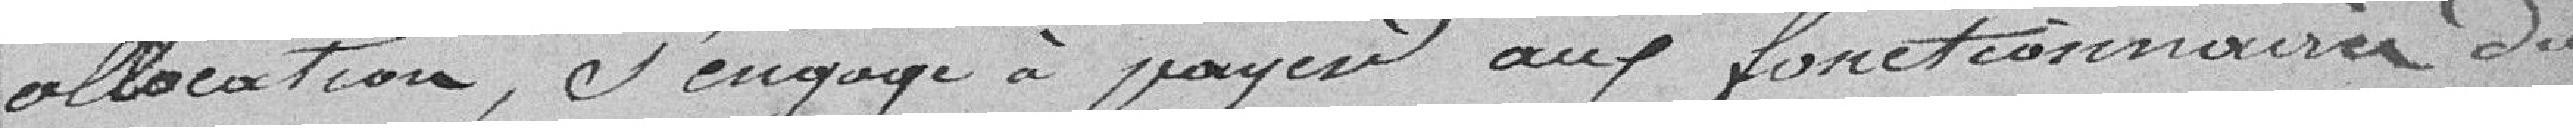
allocation, s'engage à payer aux fonctionnaires du